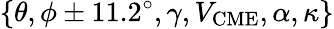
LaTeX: \{ \theta,\phi\pm 11.2^{\circ},\gamma,V_{\mathrm{CME}},\alpha,\kappa\}